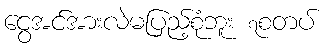
ငွေအင်အားလဲမပြည့်စုံဘူး ၇စတပ်